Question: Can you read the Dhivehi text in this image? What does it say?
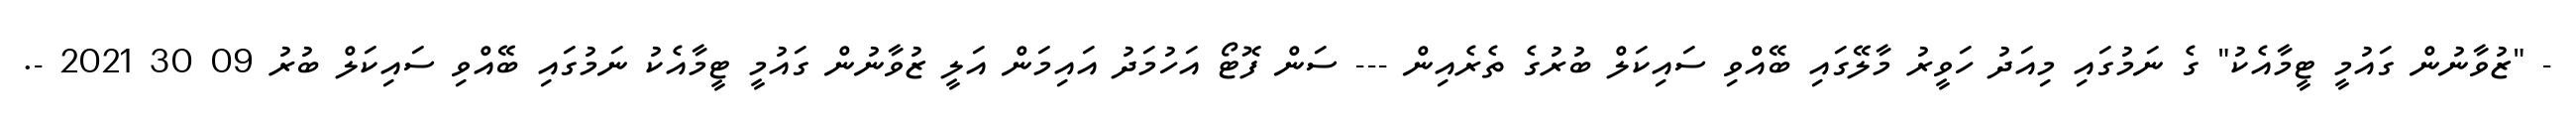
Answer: - "ޒުވާނުން ގައުމީ ޓީމާއެކު" ގެ ނަމުގައި މިއަދު ހަވީރު މާލޭގައި ބޭއްވި ސައިކަލް ބުރުގެ ތެރެއިން --- ސަން ފޮޓޯ އަހުމަދު އައިމަން އަލީ ޒުވާނުން ގައުމީ ޓީމާއެކު ނަމުގައި ބޭއްވި ސައިކަލް ބުރު 09 30 2021 -.